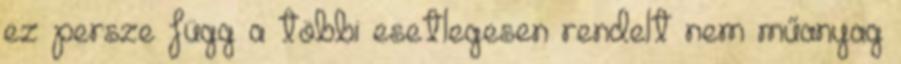
ez persze függ a többi esetlegesen rendelt nem műanyag